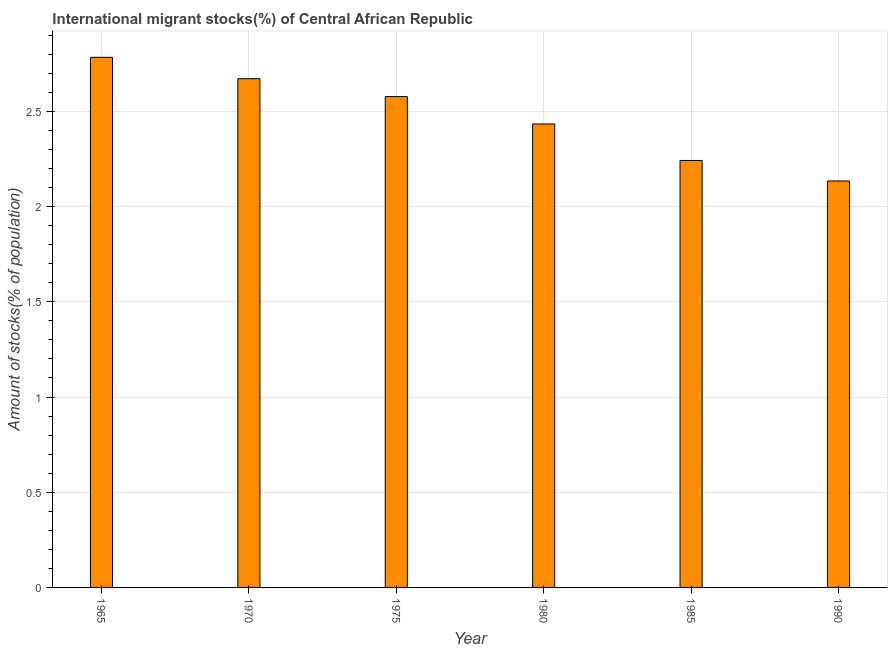
| Year | International migrant stock |
 | --- | --- |
 | 1965 | 2.78 |
 | 1970 | 2.67 |
 | 1975 | 2.58 |
 | 1980 | 2.43 |
 | 1985 | 2.24 |
 | 1990 | 2.13 |